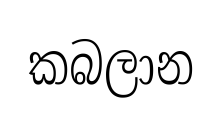
කබලාන